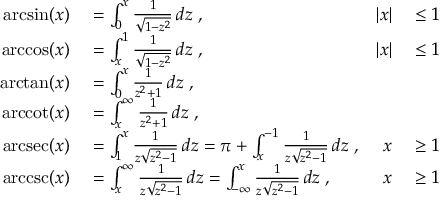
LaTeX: \begin{array} { r l r l } { \arcsin ( x ) } & { { } { } = \int _ { 0 } ^ { x } { \frac { 1 } { \sqrt { 1 - z ^ { 2 } } } } \, d z \; , } & { | x | } & { { } { } \leq 1 } \\ { \operatorname { a r c c o s } ( x ) } & { { } { } = \int _ { x } ^ { 1 } { \frac { 1 } { \sqrt { 1 - z ^ { 2 } } } } \, d z \; , } & { | x | } & { { } { } \leq 1 } \\ { \arctan ( x ) } & { { } { } = \int _ { 0 } ^ { x } { \frac { 1 } { z ^ { 2 } + 1 } } \, d z \; , } \\ { \operatorname { a r c c o t } ( x ) } & { { } { } = \int _ { x } ^ { \infty } { \frac { 1 } { z ^ { 2 } + 1 } } \, d z \; , } \\ { \operatorname { a r c s e c } ( x ) } & { { } { } = \int _ { 1 } ^ { x } { \frac { 1 } { z { \sqrt { z ^ { 2 } - 1 } } } } \, d z = \pi + \int _ { x } ^ { - 1 } { \frac { 1 } { z { \sqrt { z ^ { 2 } - 1 } } } } \, d z \; , } & { x } & { { } { } \geq 1 } \\ { \operatorname { a r c c s c } ( x ) } & { { } { } = \int _ { x } ^ { \infty } { \frac { 1 } { z { \sqrt { z ^ { 2 } - 1 } } } } \, d z = \int _ { - \infty } ^ { x } { \frac { 1 } { z { \sqrt { z ^ { 2 } - 1 } } } } \, d z \; , } & { x } & { { } { } \geq 1 } \end{array}